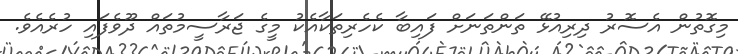
މިގޮތުން އެސޮރު ދިރިއުޅޭ ތަންތަނަށް ފައިބާ ކެހެރިތަކާއެކު މީގެ ޖަރާސީމުތައް ދޫވެފައި ހުރެއެވެ.